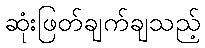
ဆုံးဖြတ်ချက်ချသည့်